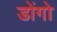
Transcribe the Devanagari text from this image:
डोंगो